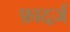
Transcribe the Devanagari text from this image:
फ़ादर्ज़